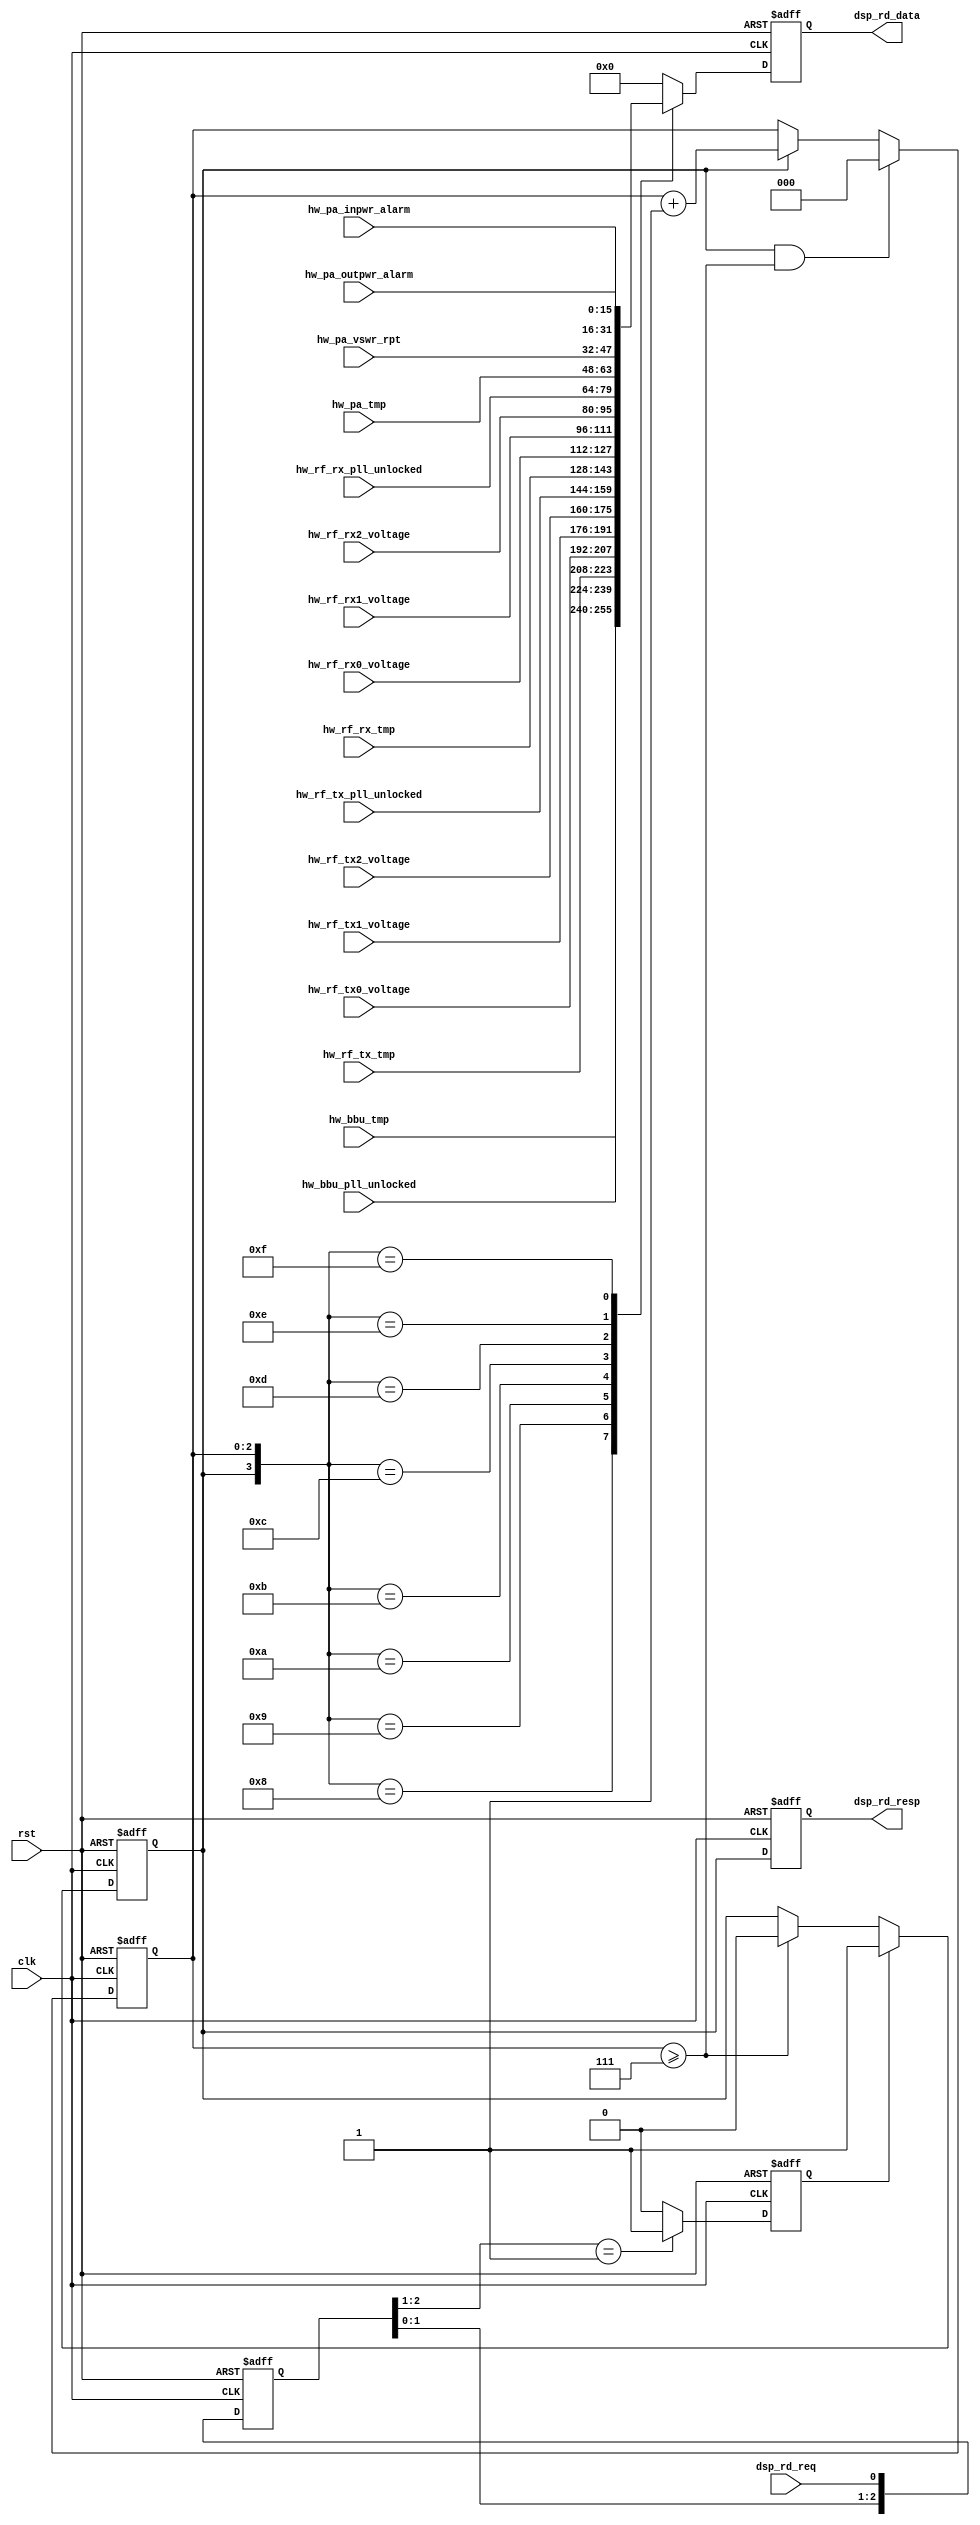
`timescale 1ns / 100ps
/*************************************************************************/
// COMPANY        :  STARPOINT
// TEAM           :  FPGA GROUP/SPG
// MODULE NAME    :  ddc
// PROJECT NAME   :  multi_mode
// HIGHER MODULE  :  
// DESCRIPTION    :  top level of lte bbu in multi mode
// NOTES          :  NONE.
// LIMITATIONS    :  NONE.
// ERRORS         :  NONE KNOWN.
// INCLUDE FILES  :  N/A
//
// PLATFORM       :  Target Chip : Xilinx; XC5VSX50T-1FFG665C
//                   Synthesis   : xst
//                   Layout      : Xilinx ISE 13.2
//                                 Output Slew Rate   : Fast
//                                 Logic Optimization : Speed
//
// REVISION HISTORY:
// -----------------------------------------------------------------------
//  Ver     Author          Date          Changes Description
// -----------------------------------------------------------------------
//  0.0     xiaowei      11/30/2015    Original Version.
/*************************************************************************/

module  fpga_stat_rpt
                  (
                    input                          clk,
                    input                          rst,
                    
                    
                    //interface to dsp
                    input                          dsp_rd_req,
                    output                         dsp_rd_resp,
                    output     [31:0]              dsp_rd_data,
                    
                    //collect info
                    input      [15:0]              hw_bbu_tmp,               // 
                    input      [15:0]              hw_bbu_pll_unlocked,      // bbu pll state
                    input      [15:0]              hw_rf_tx_tmp,             // rru tx board temperature detect
                    input      [15:0]              hw_rf_tx0_voltage,        // rru tx board voltage detect
                    input      [15:0]              hw_rf_tx1_voltage,
                    input      [15:0]              hw_rf_tx2_voltage,
                    input      [15:0]              hw_rf_tx_pll_unlocked,    // rru pll state
                    input      [15:0]              hw_rf_rx_tmp,             // rru rx board temperature detect     
                    input      [15:0]              hw_rf_rx0_voltage,
                    input      [15:0]              hw_rf_rx1_voltage,
                    input      [15:0]              hw_rf_rx2_voltage,
                    input      [15:0]              hw_rf_rx_pll_unlocked,
                    input      [15:0]              hw_pa_tmp,                 // pa temperature
                    input      [15:0]              hw_pa_vswr_rpt,            // pa vswr  
                    input      [15:0]              hw_pa_outpwr_alarm, 
                    input      [15:0]              hw_pa_inpwr_alarm
                    
                  );
 
 //*****************************define parameter*****************************// 
 parameter       TX_WORD_NUM   = 7 ;    // N-1
 
                  
 //*********************define signal and register **************************//
 reg   [2:0]    dsp_rd_req_dly;
 reg            dsp_rd_req_posedge;
 reg            tx_word_en; 
 reg   [2:0]    tx_word_cnt;
 reg   [31:0]   tx_word; 
 reg            tx_word_en_dly;
 
 
 
 //*****************************logic and function***************************//
 assign  dsp_rd_data  = tx_word;
 assign  dsp_rd_resp  = tx_word_en_dly;
 
 
 always@(posedge clk or posedge rst)
 begin
    if(rst == 1'b1)
       dsp_rd_req_dly  <= 3'd0;
    else
       dsp_rd_req_dly  <= {dsp_rd_req_dly[1:0],dsp_rd_req};    
 end
 
 always@(posedge clk or posedge rst)
 begin
   if(rst == 1'b1)
      dsp_rd_req_posedge  <= 1'b0;
   else if(dsp_rd_req_dly[2:1] == 2'b01)
      dsp_rd_req_posedge  <= 1'b1;
   else
      dsp_rd_req_posedge  <= 1'b0;        
 end
 
 always@(posedge clk or posedge rst)
 begin
   if(rst == 1'b1)
      tx_word_en  <= 1'b0;
   else if(dsp_rd_req_posedge == 1'b1)
      tx_word_en  <= 1'b1;
   else if(tx_word_cnt >= TX_WORD_NUM)
      tx_word_en  <= 1'b0; 
   else
     ;       
 end
 
    
 always@(posedge clk or posedge rst)
 begin
   if(rst == 1'b1)
     tx_word_cnt      <= 3'd0;
   else if((tx_word_en == 1'b1) && (tx_word_cnt >= TX_WORD_NUM))  
     tx_word_cnt      <= 3'd0;
   else if(tx_word_en == 1'b1)  
     tx_word_cnt      <= tx_word_cnt + 1'b1;
   else
     ;
 end
 
 always@(posedge clk or posedge rst)
 begin
   if(rst == 1'b1)
     tx_word                <= 32'd0;
   else 
     begin
       case ({tx_word_en,tx_word_cnt})
         4'b1_000: tx_word  <= {hw_bbu_tmp,hw_bbu_pll_unlocked};                      // BBU
         4'b1_001: tx_word  <= {hw_rf_tx_tmp,hw_rf_tx0_voltage};         // RRU TX
         4'b1_010: tx_word  <= {hw_rf_tx1_voltage,hw_rf_tx2_voltage};            // RRU_TX
         4'b1_011: tx_word  <= {hw_rf_tx_pll_unlocked,hw_rf_rx_tmp};         // RRU_RX
         4'b1_100: tx_word  <= {hw_rf_rx0_voltage,hw_rf_rx1_voltage};            // RRU_RX
         4'b1_101: tx_word  <= {hw_rf_rx2_voltage,hw_rf_rx_pll_unlocked};              // RRU_PA
         4'b1_110: tx_word  <= {hw_pa_tmp,hw_pa_vswr_rpt};              // RRU_PA
         4'b1_111: tx_word  <= {hw_pa_inpwr_alarm,hw_pa_outpwr_alarm};              // RRU_PA
         default:  tx_word  <= 32'd0;
       endcase       
     end
 end
     
                 
  always@(posedge clk or posedge rst)
 begin
   if(rst == 1'b1)
      tx_word_en_dly  <= 1'b0;     
   else 
      tx_word_en_dly  <= tx_word_en;
 end                 
                  
                  
                  
endmodule